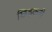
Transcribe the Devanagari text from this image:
छिड़कती